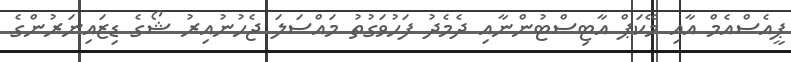
ޕީއެސްއެމް އާއި މޭކަޕް އާޓިސްޓުންނާއި ދެމެދު ފަހުވަގުތު މައްސަލަ ޖެހުނުއިރު ޝޯގެ ޑިޒައިނަރުންގެ